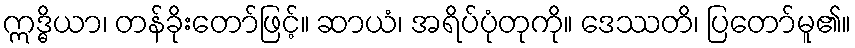
ဣဒ္ဓိယာ၊ တန်ခိုးတော်ဖြင့်။ ဆာယံ၊ အရိပ်ပုံတုကို။ ဒေဿတိ၊ ပြတော်မူ၏။